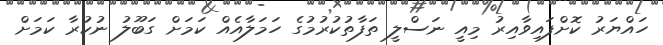
ހައްޔަރު ކޮށްފައިވާއިރު މިއީ ނަސްލީ ތަފާތުކުރުމުގެ ހަމަލާއެއް ކަމަށް ގަބޫލު ނުކުރާ ކަމަށް